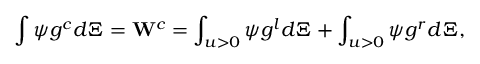
\int { \psi } { { g } ^ { c } } d \Xi = { { \mathbf { W } } ^ { c } } = \int _ { u > 0 } { \psi { { g } ^ { l } } d \Xi } + \int _ { u > 0 } { \psi { { g } ^ { r } } d \Xi } ,